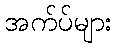
အက်ပ်များ